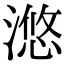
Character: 滺